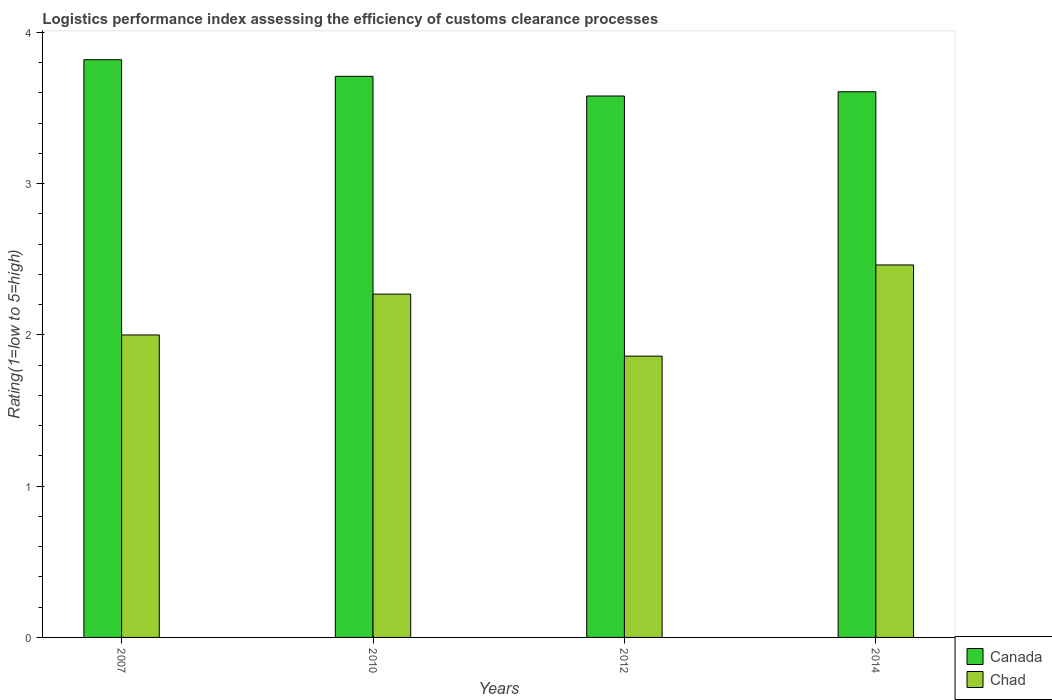
| Years | Canada | Chad |
 | --- | --- | --- |
 | 2007 | 3.82 | 2 |
 | 2010 | 3.71 | 2.27 |
 | 2012 | 3.58 | 1.86 |
 | 2014 | 3.61 | 2.46 |